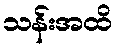
သန်းအထိ